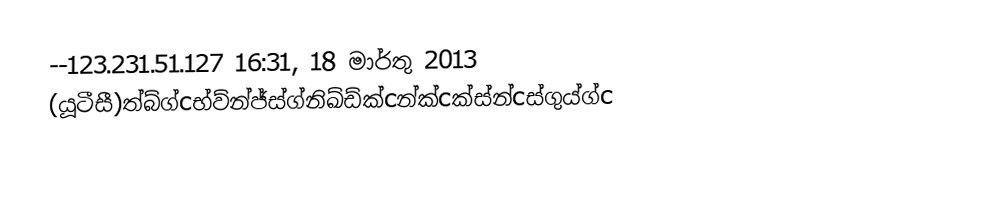
--123.231.51.127 16:31, 18 මාර්තු 2013 (යූටීසී)ත්බ්ග්cභ්ව්න්ජ්ස්ග්නිඛ්ඩ්ක්cන්ක්cක්ස්න්cස්ගුය්ග්c